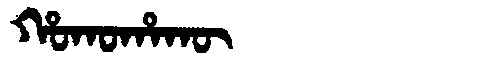
Manchu: ᡥᠣᡴᠣᡥᠠᡴᡡ
Romanization: HOKOHAKŪ